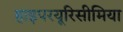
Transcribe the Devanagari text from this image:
हाइपरयूरिसीमिया